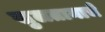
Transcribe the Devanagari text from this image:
सुलतानाचे